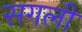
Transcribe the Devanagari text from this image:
सगली